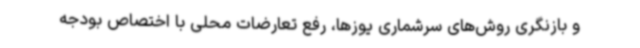
و بازنگری روش‌های سرشماری یوزها، رفع تعارضات محلی با اختصاص بودجه